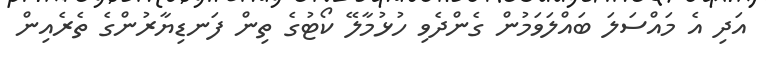
އަދި އެ މައްސަލަ ބައްލަވަމުން ގެންދެވި ހުޅުމާލޭ ކޯޓުގެ ތިން ފަނޑިޔާރުންގެ ތެރެއިން